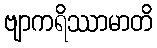
ဗျာကရိဿာမာတိ